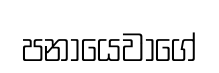
පනායෙවාගේ